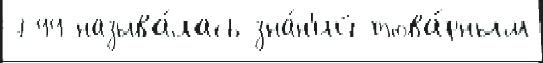
799 называ́лась зна́н'ий това́рным